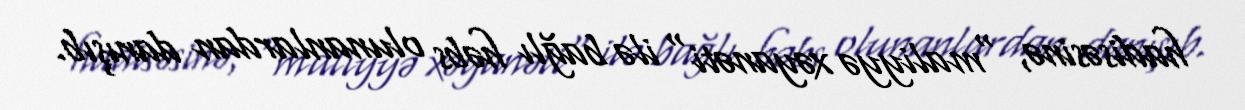
hadisəsinə, "maliyyə xəyanəti" ilə bağlı həbs olunanlardan danışıb.